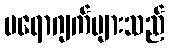
ပရောဂျက်များသည်